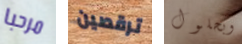
مرحبا ترقصين وبحلول